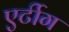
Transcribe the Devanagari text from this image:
एर्टीग